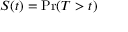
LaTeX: S ( t ) = \operatorname* { P r } ( T > t )